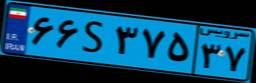
۶۶S۳۷۵۳۷